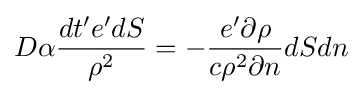
D\alpha {\frac {dt'e'dS}{\rho ^{2}}}=-{\frac {e'\partial \rho }{c\rho ^{2}\partial n}}dSdn